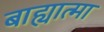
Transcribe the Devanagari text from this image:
बाह्यात्मा